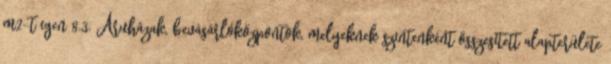
m2-t igen 8.3. Áruházak, bevásárlóközpontok, melyeknek szintenként összesített alapterülete